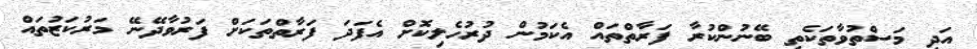
އަދި މަސްތުވާތަކެތި ބޭނުންކުރާ ފަރާތްތައް އެކަމުން ދުރުހެލިކޮށް އެފަދަ ފަރާތްތަކަށް ފަރުވާދޭނޭ މަރުކަޒުތައް